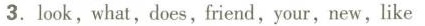
3. look, what, does, friend, your, new, like